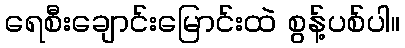
ရေစီးချောင်းမြောင်းထဲ စွန့်ပစ်ပါ။